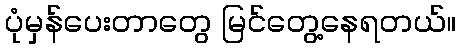
ပုံမှန်ပေးတာတွေ မြင်တွေ့နေရတယ်။